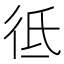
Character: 彽